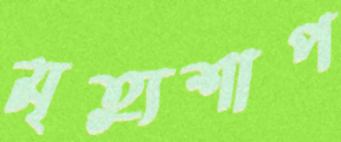
মৃত্যুশাপ